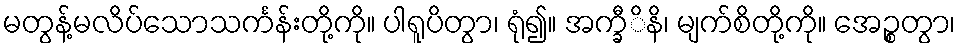
မတွန့်မလိပ်သောသင်္ကန်းတို့ကို။ ပါရူပိတွာ၊ ရုံ၍။ အက္ခီိနိ၊ မျက်စိတို့ကို။ အေဉ္စတွာ၊